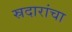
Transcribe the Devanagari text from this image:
स्रदारांचा